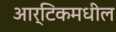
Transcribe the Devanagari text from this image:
आर्टिकमधील